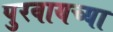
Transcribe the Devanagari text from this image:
पुरवायच्या